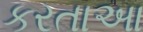
કરતાઆ